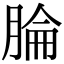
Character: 腀